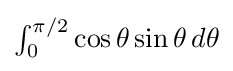
{\textstyle \int _{0}^{\pi /2}\cos \theta \sin \theta \,d\theta }